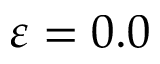
\varepsilon = 0 . 0